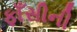
ફાઁસીની